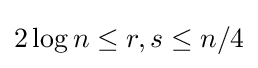
2\log n\leq r,s\leq n/4